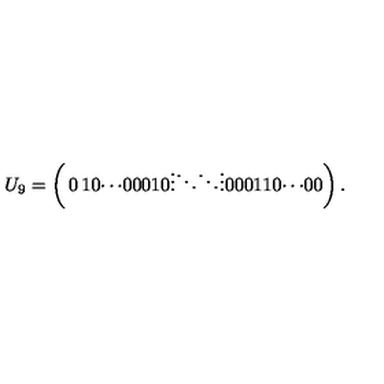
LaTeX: U _ { 9 } = \left( \begin{matrix} { 0 } & { 1 } & { 0 } & { \cdots } & { 0 } \\ { 0 } & { 0 } & { 1 } & { } & { 0 } \\ { \vdots } & { } & { \ddots } & { \ddots } & { \vdots } \\ { 0 } & { 0 } & { } & { 0 } & { 1 } \\ { 1 } & { 0 } & { \cdots } & { 0 } & { 0 } \\ \end{matrix} \right) .